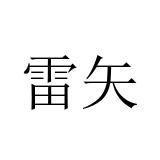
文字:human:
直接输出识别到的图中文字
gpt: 雷矢